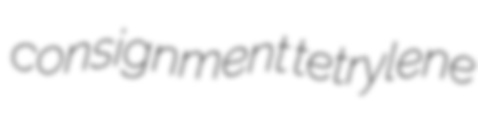
consignment tetrylene